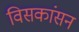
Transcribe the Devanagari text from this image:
विसकांसन